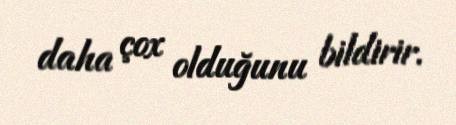
daha çox olduğunu bildirir.